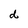
Character: d